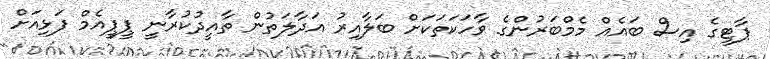
ޕާޓީގެ އިސް ބައެއް މެމްބަރުންގެ ވާހަކަތަކަށް ބަލާއިރު އަދާލަތުން ތާއީދުކުރާނީ ޕީޕީއެމް ފަޅިއަށް